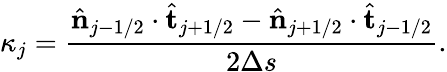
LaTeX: \kappa_{j}=\frac{\hat{\mathbf{n}}_{j-1/2}\cdot\hat{\mathbf{t}}_{j+1/2}-\hat{\mathbf{n}}_{j+1/2}\cdot\hat{\mathbf{t}}_{j-1/2}}{2\Delta s}.